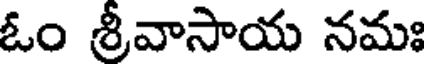
ఓం శ్రీవాసాయ నమః